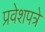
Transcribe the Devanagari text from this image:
प्रवेशपत्रे